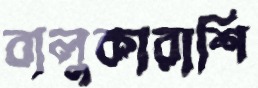
বালুকারাশি